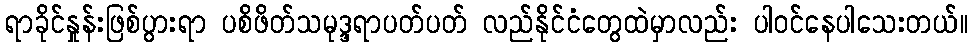
ရာခိုင်နှုန်းဖြစ်ပွားရာ ပစိဖိတ်သမုဒ္ဒရာပတ်ပတ် လည်နိုင်ငံတွေထဲမှာလည်း ပါဝင်နေပါသေးတယ်။